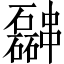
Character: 𫡎